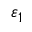
\varepsilon _ { 1 }